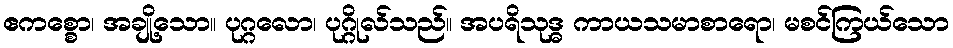
ဧကစ္စော၊ အချို့သော။ ပုဂ္ဂလော၊ ပုဂ္ဂိုလ်သည်။ အပရိသုဒ္ဓ ကာယသမာစာရော၊ မစင်ကြယ်သော